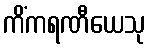
ကိံကရဏီယေသု